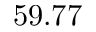
5 9 . 7 7